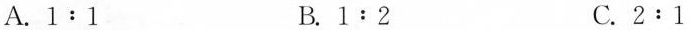
A.$$1:1$$ B.$$1:2$$ C.$$2:1$$